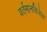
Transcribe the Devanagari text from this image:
वर्तमानविजेता